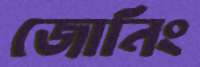
জোনিং